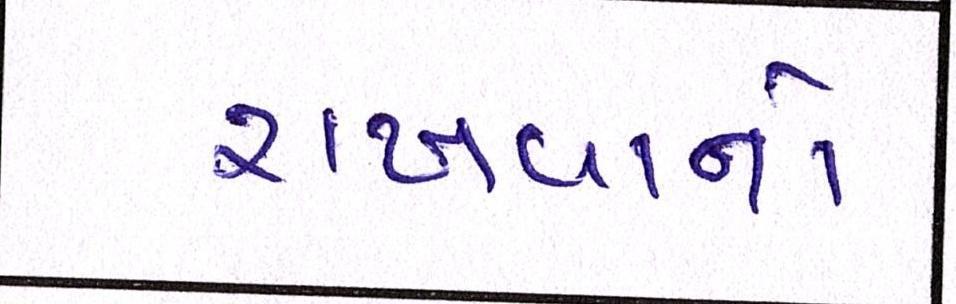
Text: રાખવાનો